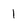
Character: 1